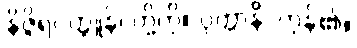
နိဇ္ဇိရဝတ္ထူနိ၊ တို့ကို။ ဝုတ္တာနိ၊ ကုန်၏။